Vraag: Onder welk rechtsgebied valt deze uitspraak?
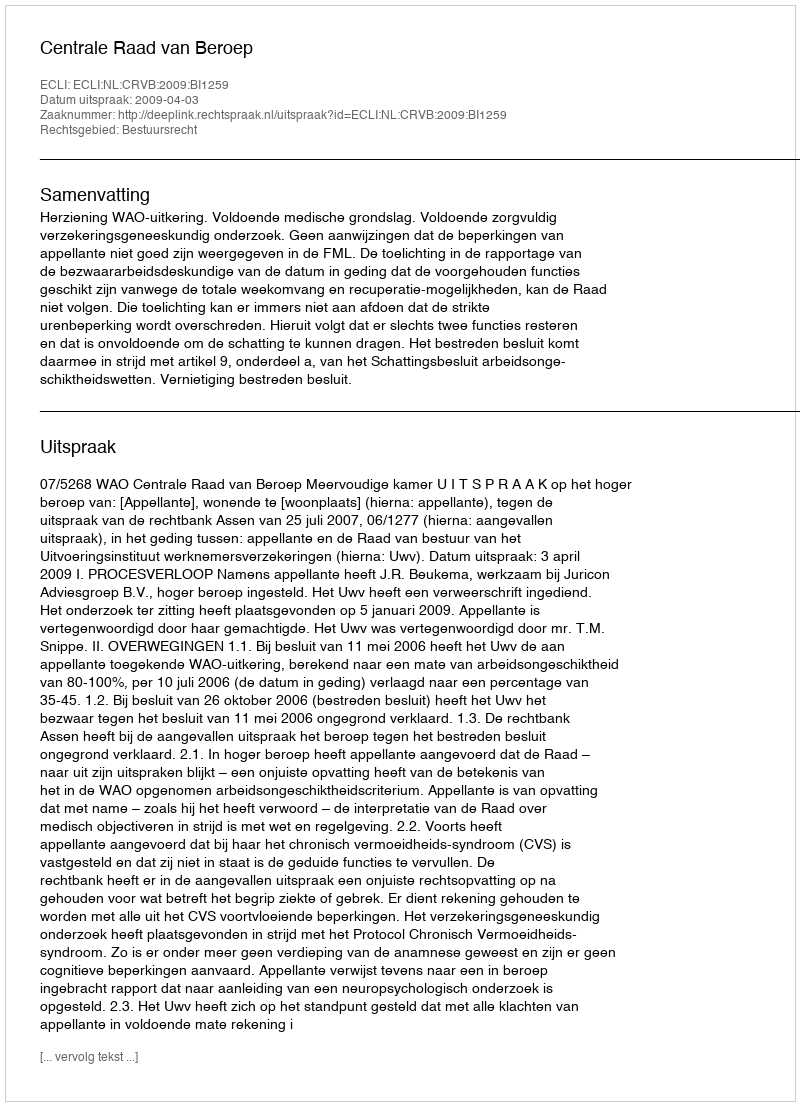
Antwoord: Bestuursrecht